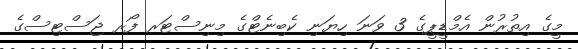
މީގެ އިތުރުން އެމްޑީޕީގެ 3 ވަނަ ހިޔަނި ކެބިނެޓްގެ މިނިސްޓަރ ފޯރ ޖަސްޓިސްގެ